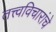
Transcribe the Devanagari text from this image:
तत्त्वविचारांचे